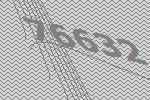
76632